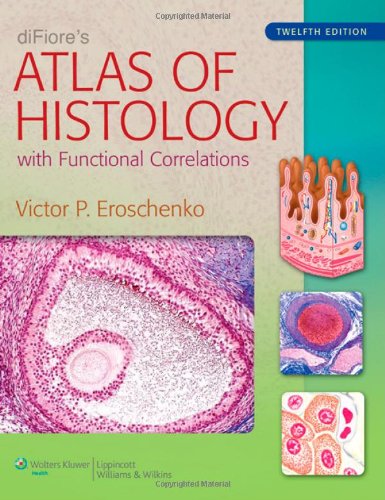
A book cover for diFiore's Atlas of Histology: with Functional Correlations (Atlas of Histology (Di Fiore's)); Victor P. Eroschenko PhD; Medical Books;